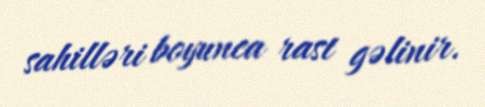
sahilləri boyunca rast gəlinir.